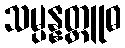
သမ္ပန္နတ္ထူဓ